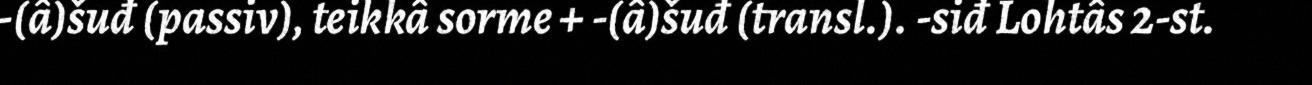
-(â)šuđ (passiv), teikkâ sorme + -(â)šuđ (transl.). -siđ Lohtâs 2-st.